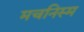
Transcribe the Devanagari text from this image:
मचनिस्म